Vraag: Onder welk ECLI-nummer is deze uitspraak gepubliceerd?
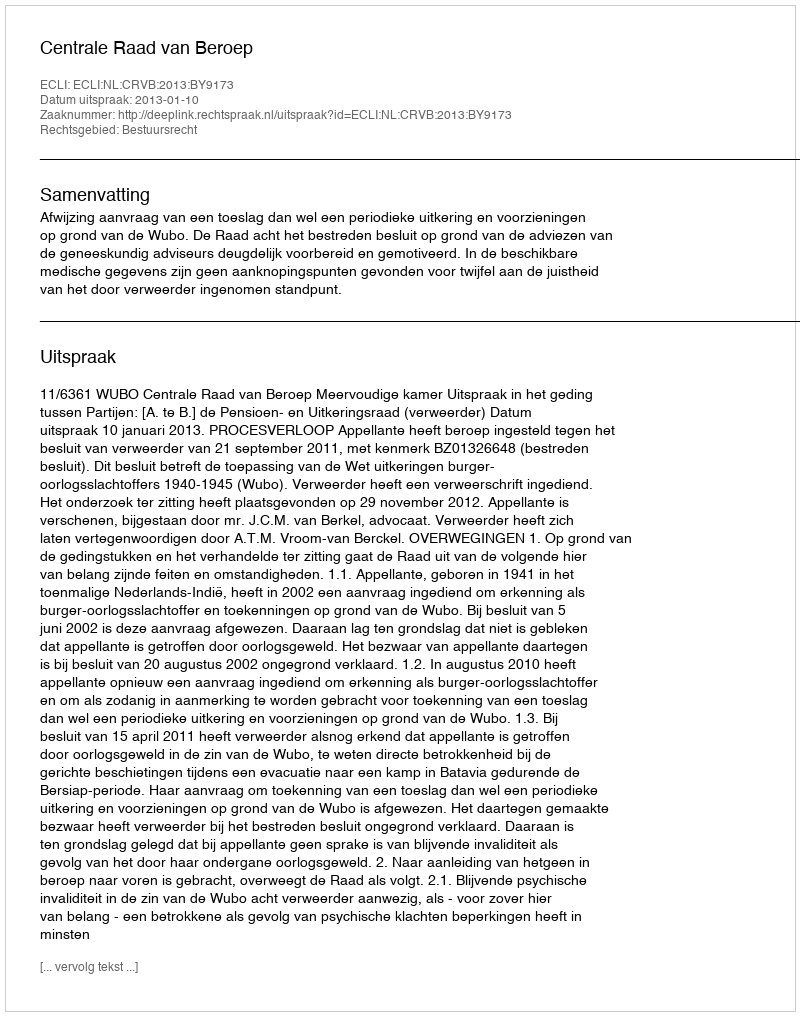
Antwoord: ECLI:NL:CRVB:2013:BY9173